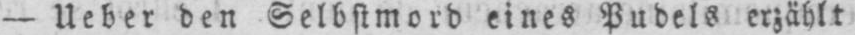
- Ueber den Selbstmord eines Pudels erzählt